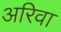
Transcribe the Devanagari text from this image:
अरिवा